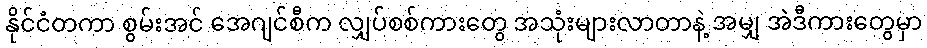
နိုင်ငံတကာ စွမ်းအင် အေဂျင်စီက လျှပ်စစ်ကားတွေ အသုံးများလာတာနဲ့ အမျှ အဲဒီကားတွေမှာ